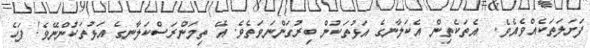
ފަށަލަތަކެއްވެއެވެ.  އެތަކެތިން އެކަލާނގެ އަޅުތަކުން ބިރުގަންނަވަތެވެ. އޭ ތިމަންރަސްކަލާނގެ އަޅުތަކުންނޭވެ! ފަހެ